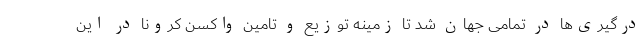
درگیری‌ها در تمامی جهان شد تا زمینه توزیع و تامین واکسن کرونا در این